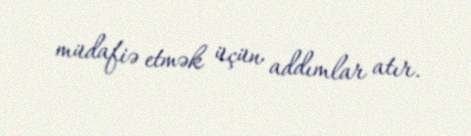
müdafiə etmək üçün addımlar atır.